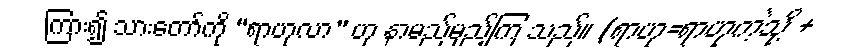
ကြား၍ သားတော်ကို “ရာဟုလာ” ဟု နာမည်မှည့်ကြ သည်။ (ရာဟု=ရာဟုကဲ့သို့ +